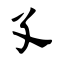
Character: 孓